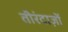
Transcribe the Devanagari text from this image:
तीरंदाज़ों